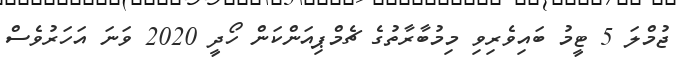
ޖުމްލަ 5 ޓީމު ބައިވެރިވި މިމުބާރާތުގެ ޗެމްޕިއަންކަން ހޯދީ 2020 ވަނަ އަހަރުވެސް